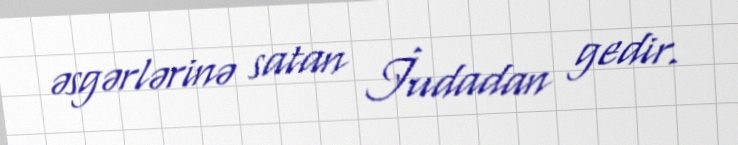
əsgərlərinə satan İudadan gedir.